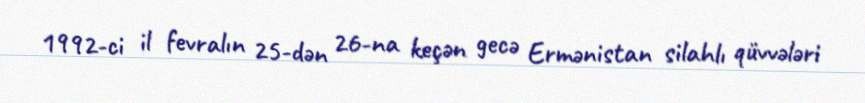
1992-ci il fevralın 25-dən 26-na keçən gecə Ermənistan silahlı qüvvələri